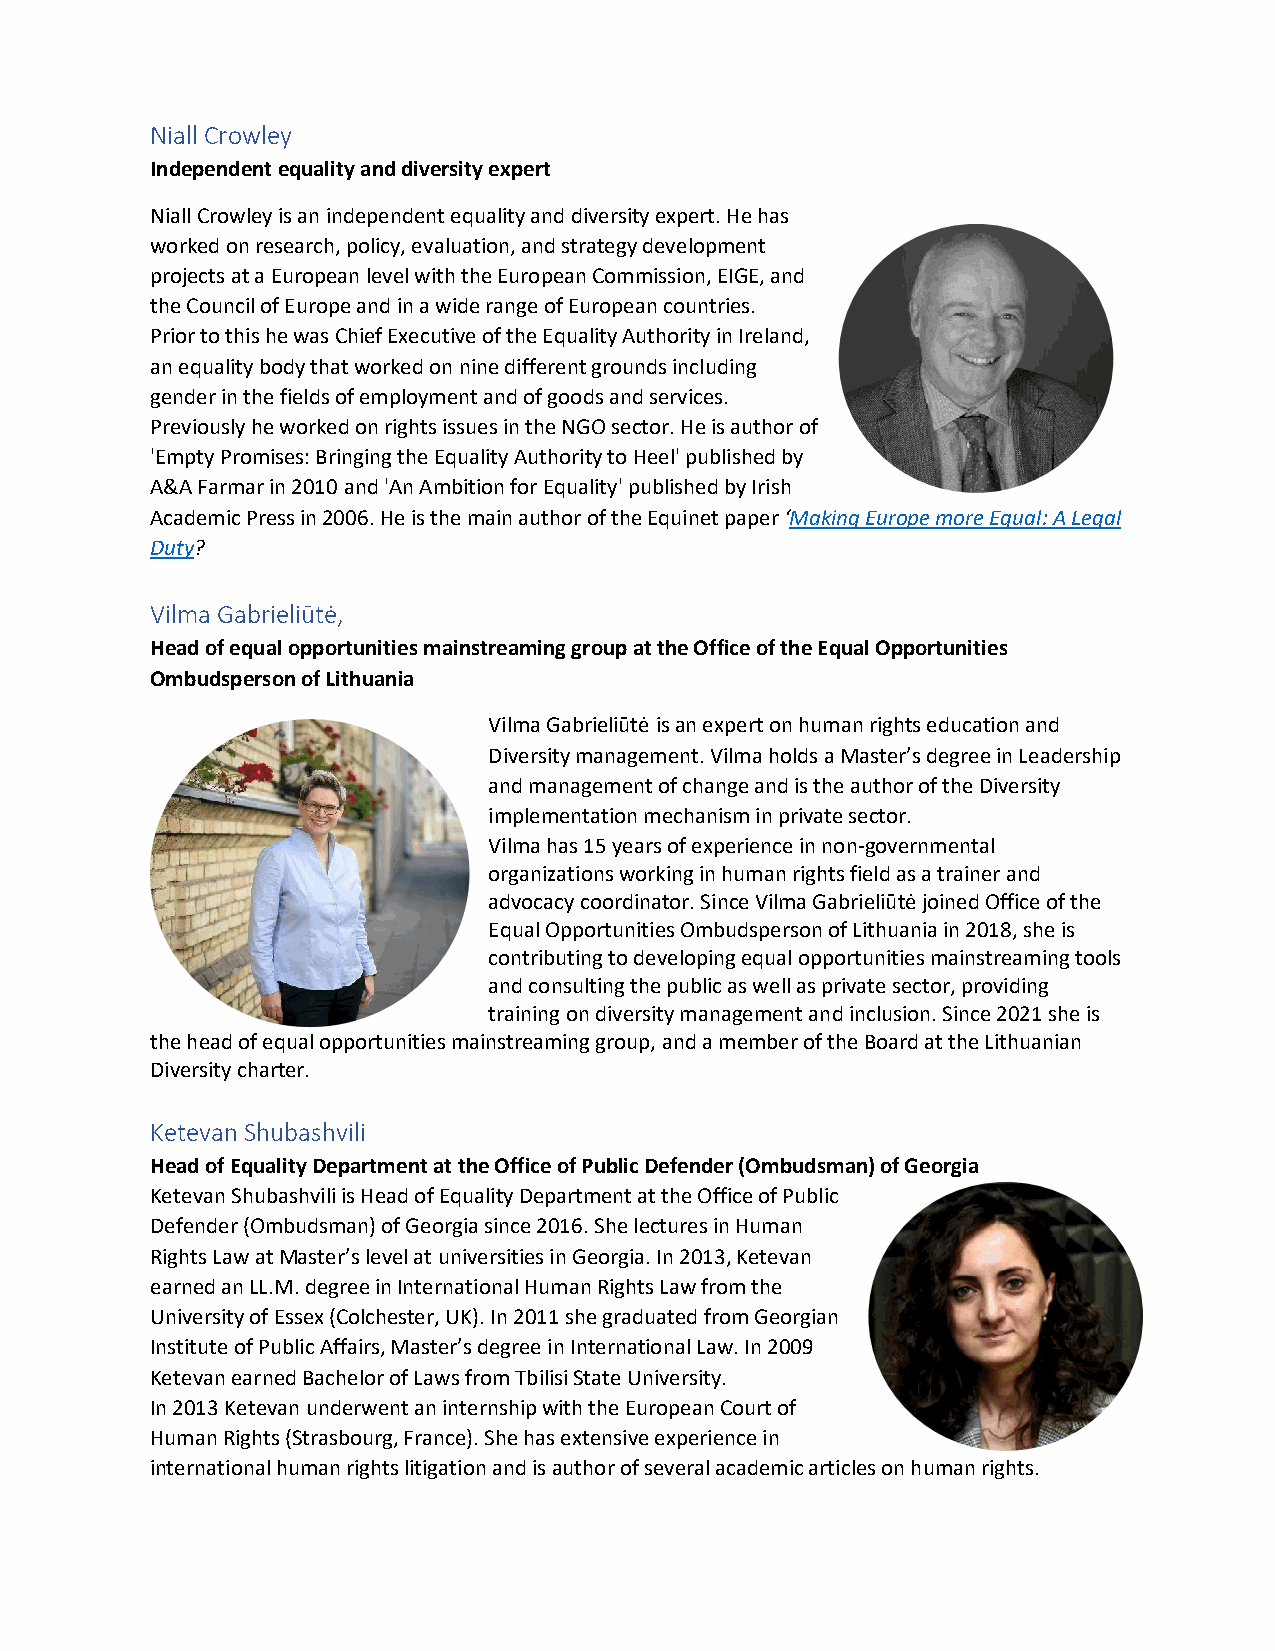
Niall Crowley
 Independent equality and diversity expert
 Niall Crowley is an independent equality and diversity expert. He has
 worked on research, policy, evaluation, and strategy development
 projects at a European level with the European Commission, EIGE, and
 the Council of Europe and in a wide range of European countries.
 Prior to this he was Chief Executive of the Equality Authority in Ireland,
 an equality body that worked on nine different grounds including
 gender in the fields of employment and of goods and services.
 Previously he worked on rights issues in the NGO sector. He is author of
 'Empty Promises: Bringing the Equality Authority to Heel' published by
 A&A Farmar in 2010 and 'An Ambition for Equality' published by Irish
 Academic Press in 2006. He is the main author of the Equinet paper ‘Making Europe more Equal: A Legal
 Duty?
 Vilma Gabrieliūtė,
 Head of equal opportunities mainstreaming group at the Office of the Equal Opportunities
 Ombudsperson of Lithuania
 Vilma Gabrieliūtė is an expert on human rights education and
 Diversity management. Vilma holds a Master’s degree in Leadership
 and management of change and is the author of the Diversity
 implementation mechanism in private sector.
 Vilma has 15 years of experience in non-governmental
 organizations working in human rights field as a trainer and
 advocacy coordinator. Since Vilma Gabrieliūtė joined Office of the
 Equal Opportunities Ombudsperson of Lithuania in 2018, she is
 contributing to developing equal opportunities mainstreaming tools
 and consulting the public as well as private sector, providing
 training on diversity management and inclusion. Since 2021 she is
 the head of equal opportunities mainstreaming group, and a member of the Board at the Lithuanian
 Diversity charter.
 Ketevan Shubashvili
 Head of Equality Department at the Office of Public Defender (Ombudsman) of Georgia
 Ketevan Shubashvili is Head of Equality Department at the Office of Public
 Defender (Ombudsman) of Georgia since 2016. She lectures in Human
 Rights Law at Master’s level at universities in Georgia. In 2013, Ketevan
 earned an LL.M. degree in International Human Rights Law from the
 University of Essex (Colchester, UK). In 2011 she graduated from Georgian
 Institute of Public Affairs, Master’s degree in International Law. In 2009
 Ketevan earned Bachelor of Laws from Tbilisi State University.
 In 2013 Ketevan underwent an internship with the European Court of
 Human Rights (Strasbourg, France). She has extensive experience in
 international human rights litigation and is author of several academic articles on human rights.